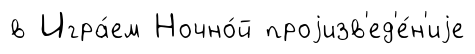
в Игра́ем Ночно́й проjизв'ед'е́н'иjе